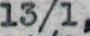
13/1,